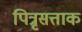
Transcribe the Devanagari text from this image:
पित्रृसत्ताक